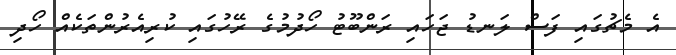
އެ މެޗުގައި ފަސް ލަނޑު ޖަހައި ރަންބޫޓު ހޯދުމުގެ ރޭހުގައި ކުރިއެރުންތަކެއް ހޯދި